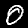
Label: 0